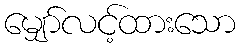
မျှော်လင့်ထားသော